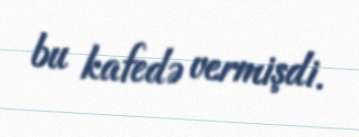
bu kafedə vermişdi.